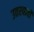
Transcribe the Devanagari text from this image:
उतरवावी